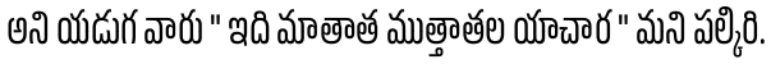
అని యడుగ వారు " ఇది మాతాత ముత్తాతల యాచార " మని పల్కిరి.